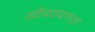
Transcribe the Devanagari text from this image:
स्त्रीपरायणता